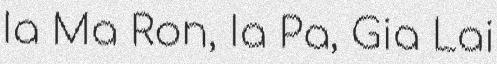
Ia Ma Ron, Ia Pa, Gia Lai